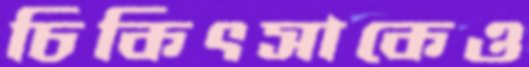
চিকিৎসাকেও